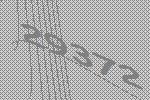
29372